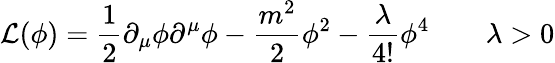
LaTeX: {\cal L}(\phi)={\frac{1}{2}}\partial_{\mu}\phi\partial^{\mu}\phi-{\frac{m^{2}}{2}}\phi^{2}-{\frac{\lambda}{4!}}\phi^{4}\qquad\lambda>0